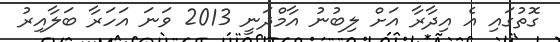
ގޮތުގައި އެ އިދާރާ އަށް ލިބުނު އާމްދަނީ 2013 ވަނަ އަހަރާ ބަލާއިރު